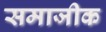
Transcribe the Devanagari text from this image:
समाजीक